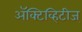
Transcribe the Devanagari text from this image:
अॅक्टिव्हिटीज्